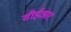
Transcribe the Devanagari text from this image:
सीईआर